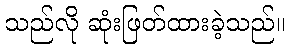
သည်လို ဆုံးဖြတ်ထားခဲ့သည်။